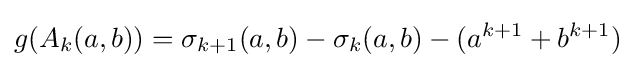
g(A_{k}(a,b))={\sigma }_{k+1}(a,b)-{\sigma }_{k}(a,b)-(a^{k+1}+b^{k+1})